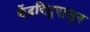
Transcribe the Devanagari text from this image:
केंद्रबिंदूपासून